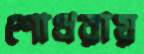
শোধরায়